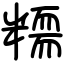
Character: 糥